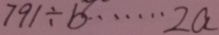
7 9 1 \div b \cdots 2 a